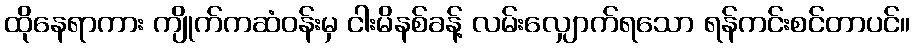
ထိုနေရာကား ကျိုက်ကဆံဝန်းမှ ငါးမိနစ်ခန့် လမ်းလျှောက်ရသော ရန်ကင်းစင်တာပင်။